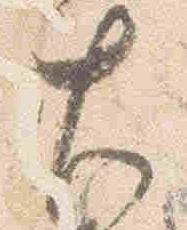
左